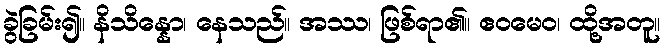
ခွဲခြမ်း၍။ နိသိန္နော၊ နေသည်။ အဿ၊ ဖြစ်ရာ၏။ ဧဝမေဝ၊ ထို့အတူ။